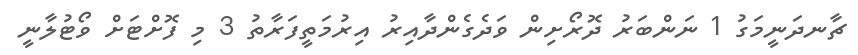
ޗާނދަނީމަގު 1 ނަންބަރު ދޮރޯށިން ވަދެގެންދާއިރު އިރުމަތީފަރާތު 3 މި ފޮށްޓަށް ވޯޓުލާނީ